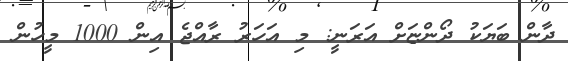
ދާން ބަޔަކު ދޯންޏަށް އަރަނީ: މި އަހަރު ރާއްޖެ އިން 1000 މީހުން